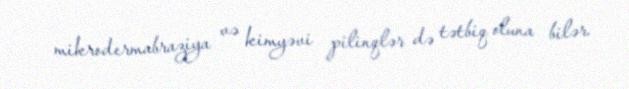
mikrodermabraziya və kimyəvi pilinqlər də tətbiq oluna bilər.